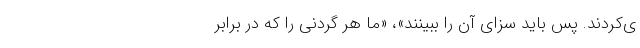
ی‌کردند. پس باید سزای آن را ببینند»، «ما هر گردنی را که در برابر